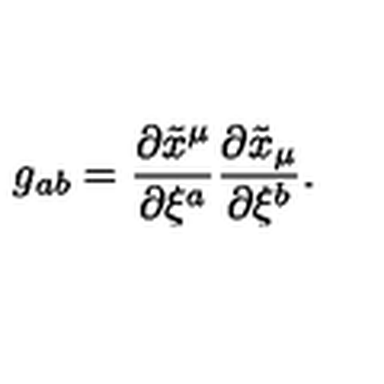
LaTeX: g _ { a b } = \frac { \partial \tilde { x } ^ { \mu } } { \partial \xi ^ { a } } \frac { \partial \tilde { x } _ { \mu } } { \partial \xi ^ { b } } .